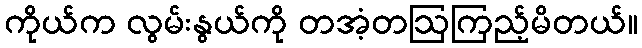
ကိုယ်က လွမ်းနွယ်ကို တအံ့တဩကြည့်မိတယ်။